King Institute of Preventive Medicine Micro-Biological Section reports 1912-19
Year: 1912
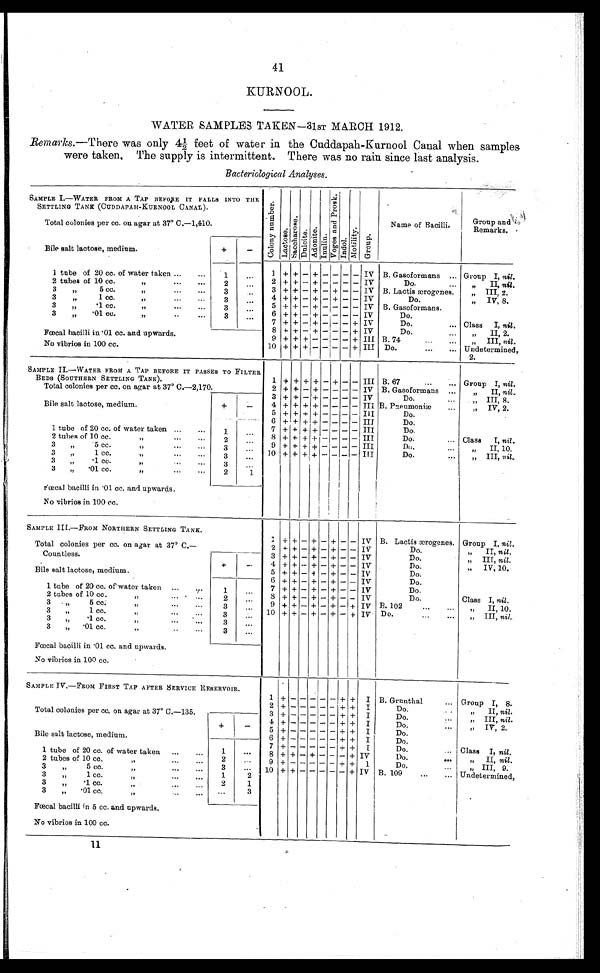
41
KURNOOL.
WATER SAMPLES TAKEN-31ST MARCH 1912.
Remarks.—There was only 41/2 feet of water in the Cuddapah-Kurnool Canal when samples
were taken. The supply is intermittent. There was no rain since last analysis.
Bacteriological Analyses.
SAMPLE I.—WATER FROM A TAP BEFORE IT FALLS INTO THE
SETTLING TANK (CUDDAPAH-KURNOOL CANAL).
Total colonies per cc. on agar at 37° C.—1,410.
C o l o n y n u m b e r .
Lact ose.
Sa c c h a r o s e .
D u l c i t e .
Ad o n i t e .
Inul i n.
V o g e s a n d P r o s k .
Indol .
Mot i l i t y.
Group.
N a m e o f B a c i l l i .
Group and
Remarks.
Bile salt lactose, medium.
+
-
1 tube of 20 cc. of water taken ...
...
1
. . .
1 + + - + - - - - IV B. Gasoformans ... Group I, nil.
2 + + - + - - - - IV
Do.
" II, nil.
2 tubes of 10 cc.
"
...
...
2
. . .
3 + + - + - + - - IV B. Lactis ærogones.
" III, 2.
3
"
5 cc. " ... ...
3
...
4 + + - + - + - -
IV
Do.
" IV, 8.
3
"
1 cc.
"
...
...
3
. . .
5 + + - + - - - - IV B. Gasoformans.
3
" . 1 c.c.
"
..
...
3
. . .
6 + + - + - - - - IV
Do.
3
"
.01 cc.
"
..
...
3
. . .
7 + + - + - - - + IV
Do.
... Class
I, nil.
8 + + - + - - - + IV
Do.
...
„
II, 2.
Fœcal bacilli in .01 cc. and upwards.
No vibrios in 100 cc
9 + + + - - - - + III B.74
...
...
"
III, nil.
10 + + + - - - - + III Do.
...
... Undetermined,
2.
SAMPLE II.—WATER FROM A TAP BEFORE IT PASSES TO FILTER
BEDS (SOUTHERN SETTLING TANK).
Total colonies per cc. on agar at 37º C.—2,170.
1 + + + + - + - - III B. 67
...
... Group I, nil.
2 + + - + - - - - IV B. Gasoformans ...
"
II, nil.
3 + + - + - -
- IV
Do.
...
"
III, 8.
Bile salt lactose, medium.
+
-
4 + + + + - - - - III B. Pneumoniæ
...
"
IV, 2.
5 + + + + - - - - III
Do.
6 + + + + - - - - III
Do.
1 tube of 20 cc. of water taken. ...
..
1
. . . 7 + + + + - - - - III
Do.
8 + + + + - - - - III
Do.
... Class
I, nil.
2 tubes of 10 cc.
"
...
...
2
. . .
9 + + + + - - - - III
Do.
...
"
II, 10.
3
"
5 cc.
"
...
...
3
...
10 + + + + - - - - III
Do.
...
"
III, nil.
3
„
1 cc.
"
...
...
3
. . .
3 " .1 cc.
"
...
3
...
3
"
.01 cc.
"
...
...
2
1
Fœcal bacilli in .01 cc. and upwards.
No vibrios in 100 cc.
SAMPLE III.—FROM NORTHERN SETTLING TANK.
Total colonies per cc. on agar at 37° C.—
Countless.
1 + + - + - + - - IV B. Lactis ærogenes. Group I, nil.
2 + + - + - + - - IV
Do.
"
II, nil.
3 + + - + - + - - IV
Do.
"
III, nil.
4 + + - + - + - - IV
Do.
"
IV, 10.
Bile salt lactose, medium.
+
-
5 + + - + - + - -
IV
Do,
6 + + - + - + - - IV
Do.
1 tube of 20 cc. of water taken
.. ...
1
. . .
7 + + - + - + - - IV
Do.
8 + + - + - + - - IV
Do.
Class I, nil.
2 tubes of 10 cc.
"
...
2
. . .
9 + + - + - + - + IV B. 102
...
...
"
II, 10.
3 "
5 cc. ... ...
3
. . .
10 + + - + - + - +
IV
Do.
...
...
"
III, nil.
3
" 1 cc.
"
...
...
3
. . .
3
„
.1 cc.
...
3
. . .
3
„
.01 cc. ..
...
3
...
Fœcal bacilli in .01 cc. and upwards.
No vibrios in 100 cc.
SAMPLE IV.—FROM FIRST TAP AFTER SERVICE RESERVOIR.
Total colonies per cc. on agar at 37° C.—135.
1
+ -
- - - -
+ + I B. Grunthal
... Group I, 8.
2 + - - - -
+ +
I
Do.
"
II, nil.
3 + - - - - - + + I
Do.
...
"
III, nil.
4 + - - - - - + + I
Do.
...
" T V, 2 .
,,
Bile salt lactose, medium.
+
-
5 + - - - - - + + I
Do.
6 + - - - - - + + I
Do,
7 + - - - - - + +
I
Do.
Class I, nil.
1 tube of 20 cc. of water taken
...
...
1
. . .
8 + + - + - - - + IV
Do.
...
"
II, nil.
2 tubes of 10 cc.
...
...
2
. . .
9 + - - - - - + +
I
Do. ...
" III, 9.
3
"
5 cc.
...
...
3
. . . 10 + + - - - - - + IV B. 109
...
... Undetermined,
3
"
1 cc." " "...
1
2
3
"
.1 cc. ...
...
"
2
1
3
„
.01 cc.
...
...
. . .
3
Fœcal bacilli in 5 cc. and upwards.
No vibrios in 100 cc.
11